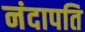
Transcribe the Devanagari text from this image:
नंदापति